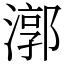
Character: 漷